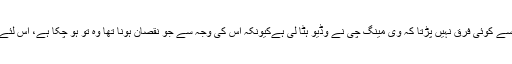
انہوں نے مزید کہا کہ اس بات سے کوئی فرق نہیں پڑتا کہ وی مینگ چی نے وڈیو ہٹا لی ہےکیونکہ اس کی وجہ سے جو نقصان ہونا تھا وہ تو ہو چکا ہے، اس لئے تحقیقات بند نہیں کی جائیں گی۔